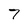
Character: 7